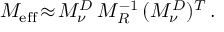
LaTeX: M _ { \mathrm { e f f } } \! \approx \! M _ { \nu } ^ { D } \, M _ { R } ^ { - 1 } \, ( M _ { \nu } ^ { D } ) ^ { T } \, .